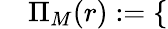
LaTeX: \quad\Pi_{M}(r):=\left\{ \begin{array}{ll}{\begin{array}{rlr}\end{array}}\end{array}\right.